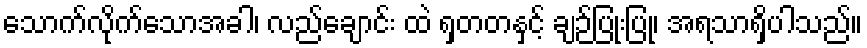
သောက်လိုက်သောအခါ၊ လည်ချောင်း ထဲ ရှတတနှင့် ချဉ်ပြုံးပြုံ၊ အရသာရှိပါသည်။